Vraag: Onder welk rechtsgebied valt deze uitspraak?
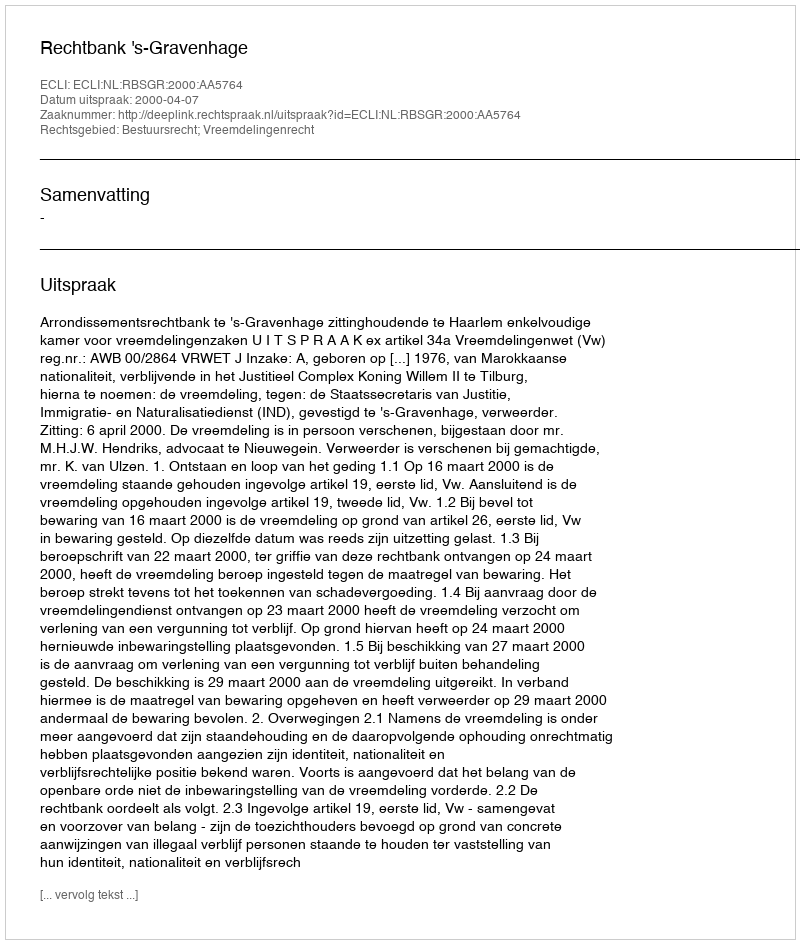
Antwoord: Bestuursrecht; Vreemdelingenrecht